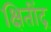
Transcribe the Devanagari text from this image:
क्षितींद्र